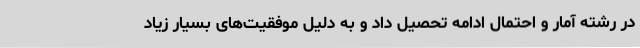
در رشته آمار و احتمال ادامه تحصیل داد و به دلیل موفقیت‌های بسیار زیاد